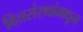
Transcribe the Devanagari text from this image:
वित्तसंस्थांमधून